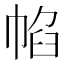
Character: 㡊